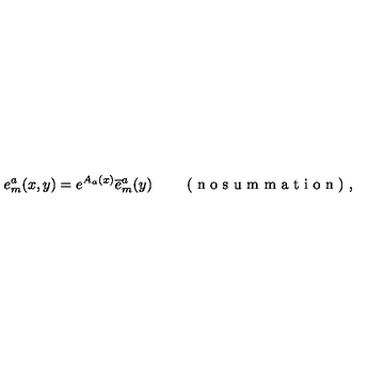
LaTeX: { e _ { m } ^ { a } ( x , y ) = e ^ { A _ { a } ( x ) } \overline { { e } } _ { m } ^ { a } ( y ) \qquad \textrm { ( n o s u m m a t i o n ) , } }